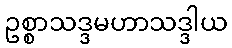
ဥစ္စာသဒ္ဒမဟာသဒ္ဒါယ